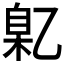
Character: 𬼯